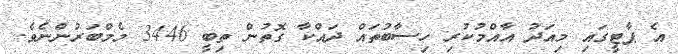
އެ ޕާޓީގައި މިއަދު އާއްމުކުރި ހިސާބުތައް ދައްކާ ގޮތުން ތިބީ 3446 މެމްބަރުންނެވެ.